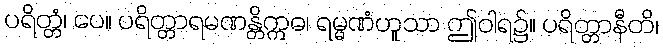
ပရိတ္တံ၊ ပေ။ ပရိတ္တာရမဏန္တိဣဓ၊ ရမ္မဏံဟူသာ ဤဝါရ၌။ ပရိတ္တာနီတိ၊